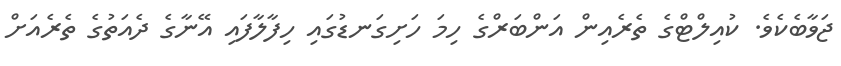
ޖަވާބެކެވެ. ކުއިލްޓްގެ ތެރެއިން އަންބަރްގެ ހިމަ ހަށިގަނޑުގައި ހިފާލާފައި އޭނާގެ ދެއަތުގެ ތެރެއަށް